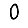
Digit: 0